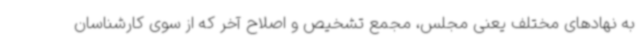
به نهادهای مختلف یعنی مجلس، مجمع تشخیص و اصلاح آخر که از سوی کارشناسان